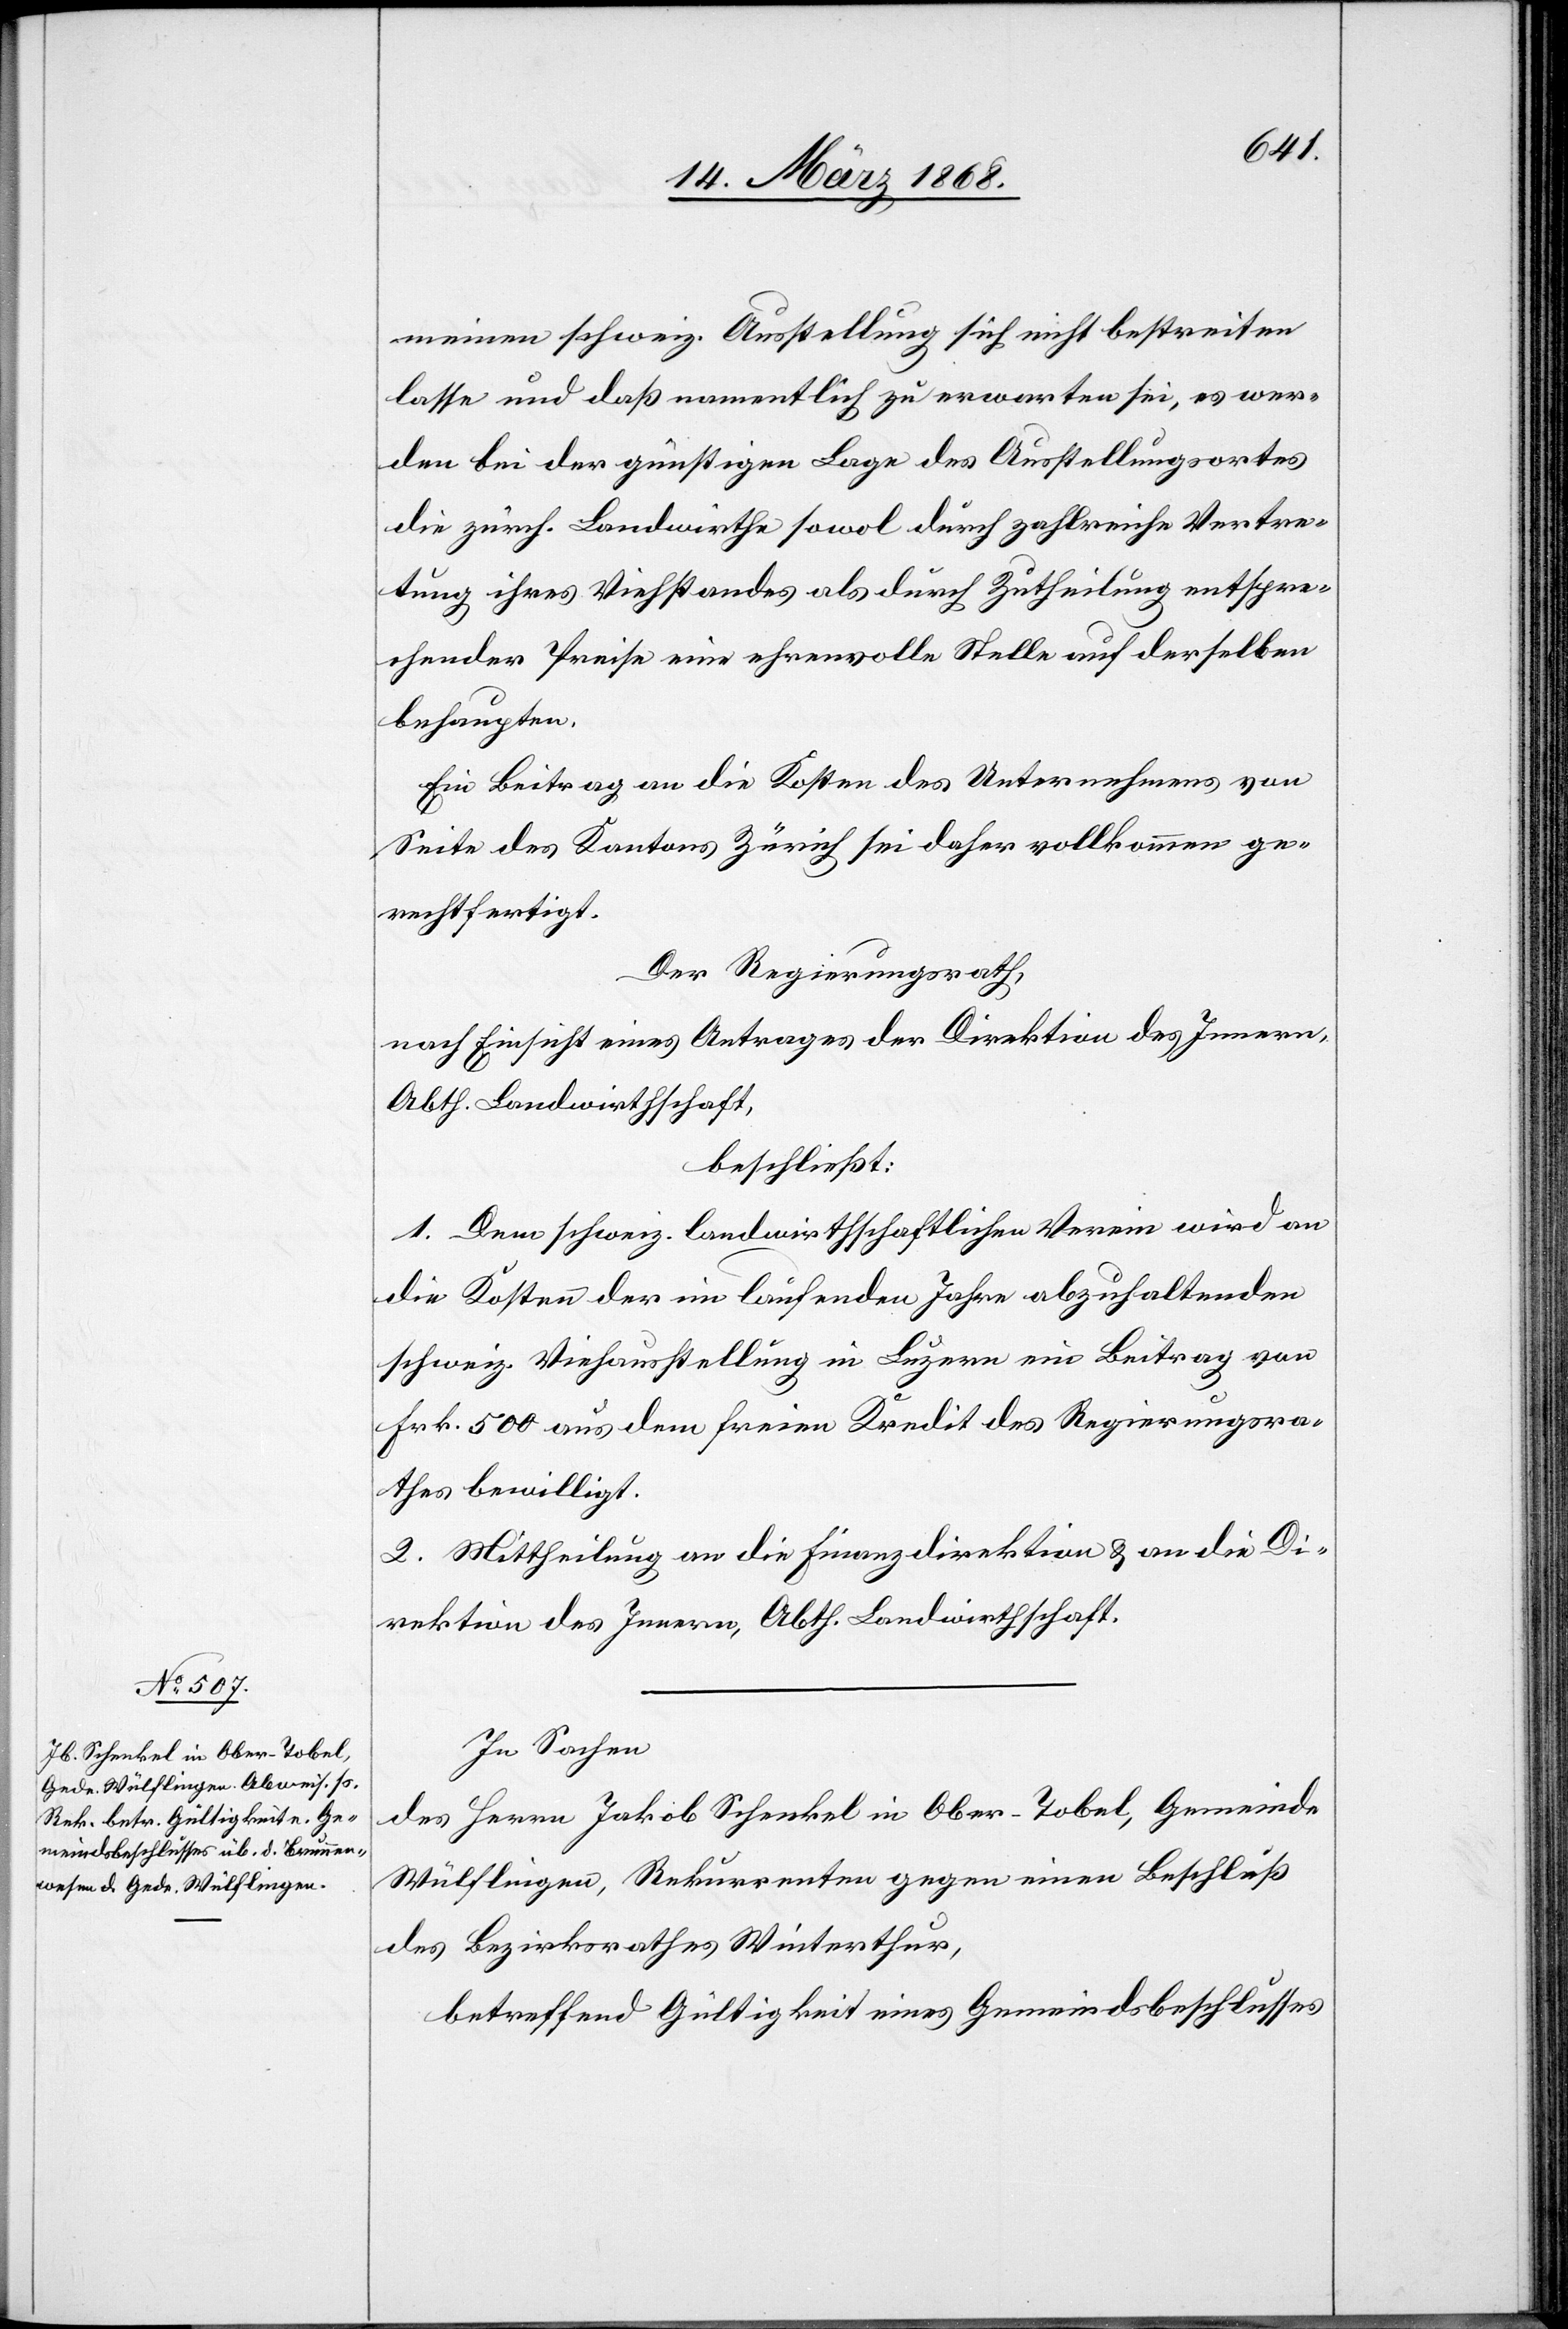
meinen schweiz. Ausstellung sich nicht bestreiten
lasse und daß namentlich zu erwarten sei, es wer¬
den bei der günstigen Lage des Ausstellungsortes
die zürch. Landwirthe sowol durch zahlreiche Vertre¬
tung ihres Viehstandes als durch Zutheilung entspre¬
chender Preise eine ehrenvolle Stelle auf derselben
behaupten.
Ein Beitrag an die Kosten des Unternehmens von
Seite des Kantons Zürich sei daher vollkommen ge¬
rechtfertigt.
Der Regierungsrath,
nach Einsicht eines Antrages der Direktion des Innern,
Abth. Landwirthschaft,
beschließt:
1. Dem schweiz. landwirthschaftlichen Verein wird an
die Kosten der im laufenden Jahre abzuhaltenden
schweiz. Viehausstellung in Luzern ein Beitrag von
Frk. 500 aus dem freien Kredit des Regierungsra¬
thes bewilligt.
2. Mittheilung an die Finanzdirektion & an die Di¬
rektion des Innern, Abth. Landwirthschaft.
In Sachen
des Herrn Jakob Schenkel in Ober-Tobel, Gemeinde
Wülflingen, Rekurrenten gegen einen Beschluß
des Bezirksrathes Winterthur,
betreffend Gültigkeit eines Gemeindsbeschlusses